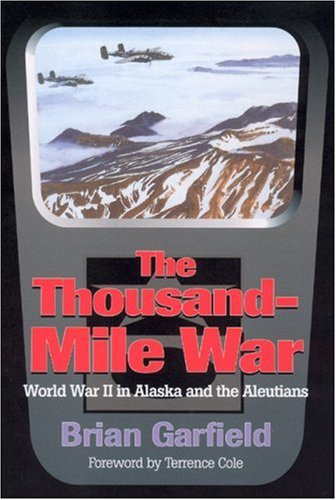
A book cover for Thousand-Mile War: World War II in Alaska and the Aleutians (Classic Reprint Series); Brian Garfield; History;